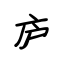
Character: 庐